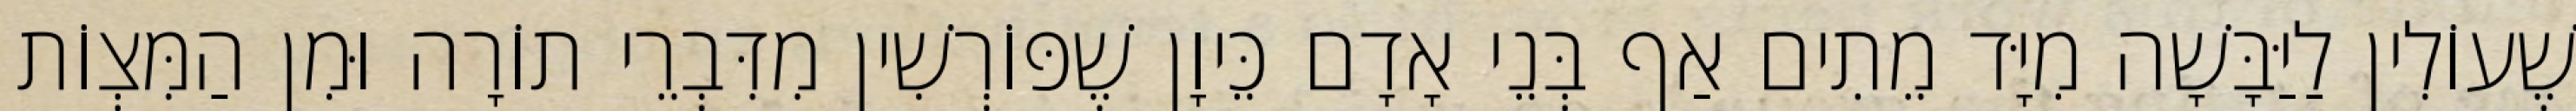
שֶׁעוֹלִין לַיַּבָּשָׁה מִיָּד מֵתִים אַף בְּנֵי אָדָם כֵּיוָן שֶׁפּוֹרְשִׁין מִדִּבְרֵי תוֹרָה וּמִן הַמִּצְוֹת